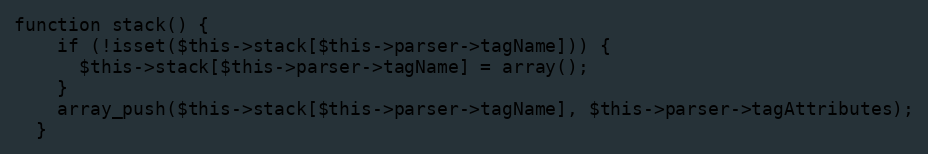
Language: PHP
function stack() {
    if (!isset($this->stack[$this->parser->tagName])) {
      $this->stack[$this->parser->tagName] = array();
    }
    array_push($this->stack[$this->parser->tagName], $this->parser->tagAttributes);
  }